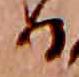
る